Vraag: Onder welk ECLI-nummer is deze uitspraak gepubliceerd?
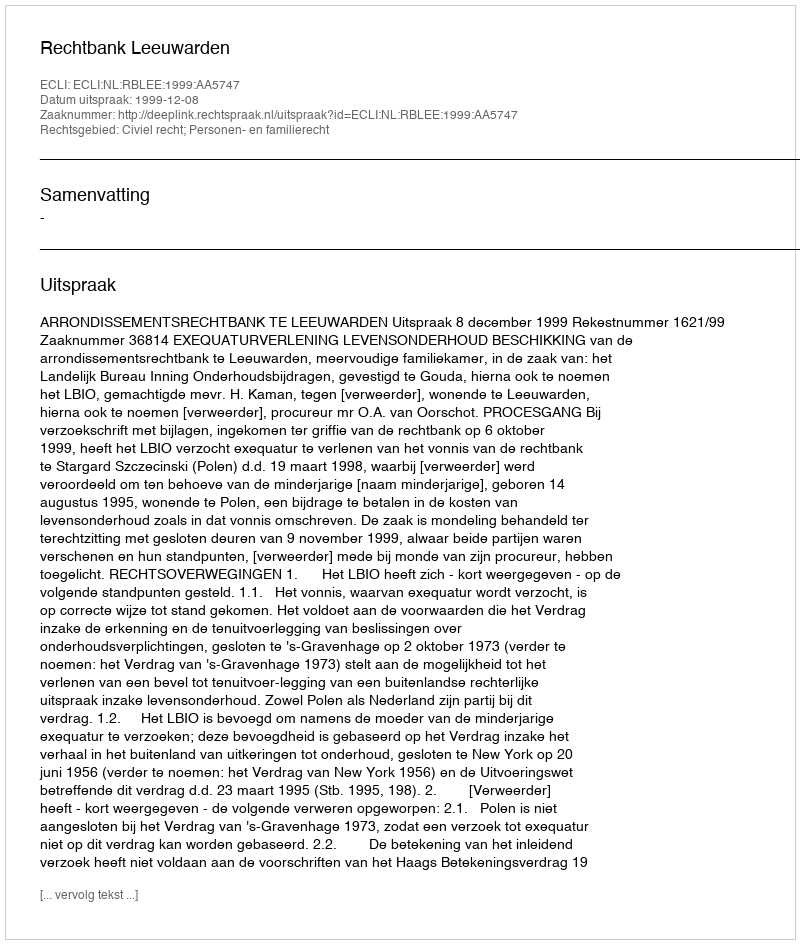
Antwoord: ECLI:NL:RBLEE:1999:AA5747